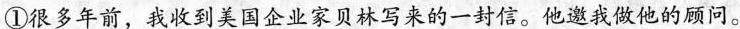
①很多年前，我收到美国企业家贝林写来的一封信。他邀我做他的顾问。